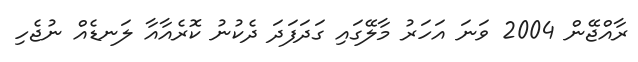
ރާއްޖޭން 2004 ވަނަ އަހަރު މާލޭގައި ގަދަފަދަ ދެކުނު ކޮރެއާއާ ލަނޑެއް ނުޖެހި